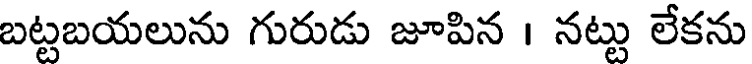
బట్టబయలును గురుడు జూపిన । నట్టు లేకను